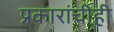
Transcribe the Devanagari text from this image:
प्रकारांचीही